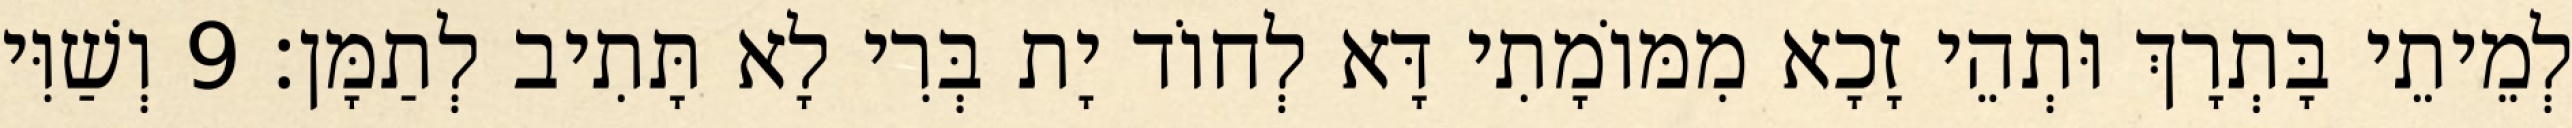
לְמֵיתֵי בָּתְרָךְ וּתְהֵי זָכָא מִמּוֹמָתִי דָּא לְחוֹד יָת בְּרִי לָא תָּתִיב לְתַמָּן׃ 9 וְשַׁוִּי